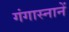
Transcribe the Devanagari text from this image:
गंगास्नानें